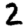
Digit: 2